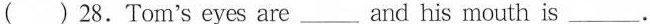
( ) 28.Tom's eyes are ___ and his mouth is ___ .